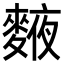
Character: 𪍅